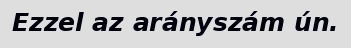
Ezzel az arányszám ún.